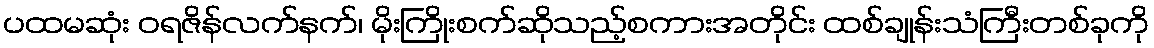
ပထမဆုံး ဝရဇိန်လက်နက်၊ မိုးကြိုးစက်ဆိုသည့်စကားအတိုင်း ထစ်ချုန်းသံကြီးတစ်ခုကို